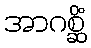
အာဂစ္ဆိံ